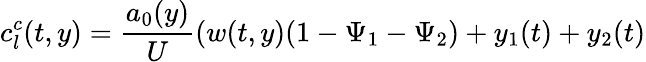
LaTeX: c_{l}^{c}(t,y)=\frac{a_{0}(y)}{U}(w(t,y)(1-\Psi_{1}-\Psi_{2})+y_{1}(t)+y_{2}(t)